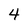
Character: 4